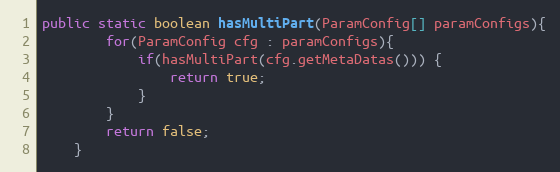
Language: Java
public static boolean hasMultiPart(ParamConfig[] paramConfigs){
        for(ParamConfig cfg : paramConfigs){
            if(hasMultiPart(cfg.getMetaDatas())) {
                return true;
            }
        }
        return false;
    }